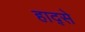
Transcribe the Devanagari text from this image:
हाद्से